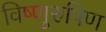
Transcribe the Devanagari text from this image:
विष्णुरुपिण